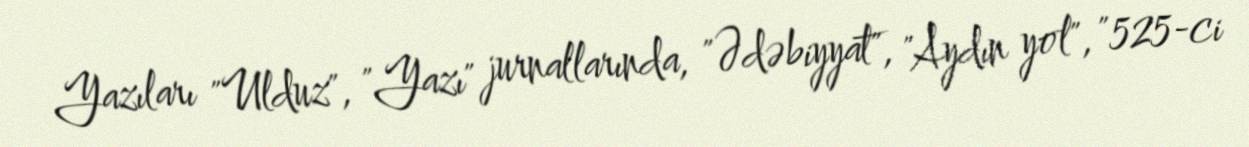
Yazıları "Ulduz", "Yazı" jurnallarında, "Ədəbiyyat", "Aydın yol", "525-ci